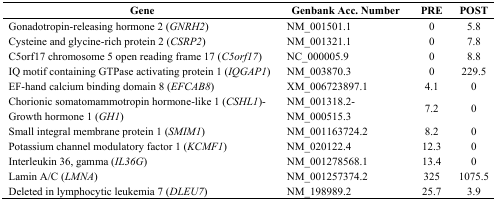
| Gene | Genbank Acc. Number | PRE | POST |
 | --- | --- | --- | --- |
 | Gonadotropin-releasing hormone 2 (GNRH2) | NM_001501.1 | 0 | 5.8 |
 | Cysteine and glycine-rich protein 2 (CSRP2) | NM_001321.1 | 0 | 7.8 |
 | C5orf17 chromosome 5 open reading frame 17 (C5orf17) | NC_000005.9 | 0 | 8.8 |
 | IQ motif containing GTPase activating protein 1 (IQGAP1) | NM_003870.3 | 0 | 229.5 |
 | EF-hand calcium binding domain 8 (EFCAB8) | XM_006723897.1 | 4.1 | 0 |
 | Chorionic somatomammotropin hormone-like 1 (CSHL1)- Growth hormone 1 (GH1) | NM_001318.2- NM_000515.3 | 7.2 | 0 |
 | Small integral membrane protein 1 (SMIM1) | NM_001163724.2 | 8.2 | 0 |
 | Potassium channel modulatory factor 1 (KCMF1) | NM_020122.4 | 12.3 | 0 |
 | Interleukin 36, gamma (IL36G) | NM_001278568.1 | 13.4 | 0 |
 | Lamin A/C (LMNA) | NM_001257374.2 | 325 | 1075.5 |
 | Deleted in lymphocytic leukemia 7 (DLEU7) | NM_198989.2 | 25.7 | 3.9 |